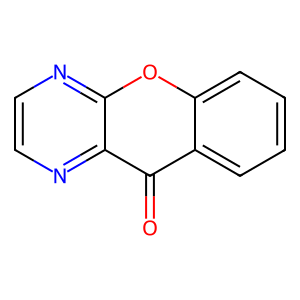
SMILES: O=c1c2ccccc2oc2nccnc12
Inhibits HIV replication: No